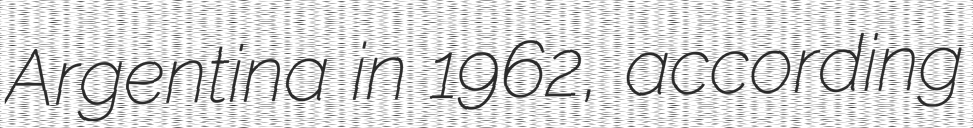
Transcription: Argentina in 1962, according